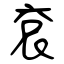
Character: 袞